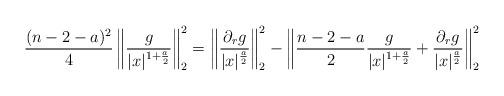
LaTeX: \begin{align*}\frac{(n-2-a)^2}{4}\left\|\frac{g}{|x|^{1+\frac{a}{2}}}\right\|_2^2=\left\|\frac{\partial_rg}{|x|^{\frac{a}{2}}}\right\|_2^2-\left\|\frac{n-2-a}{2}\frac{g}{|x|^{1+\frac{a}{2}}}+\frac{\partial_rg}{|x|^{\frac{a}{2}}}\right\|_2^2\end{align*}